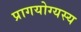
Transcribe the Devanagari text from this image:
प्रागयोग्यस्य